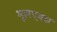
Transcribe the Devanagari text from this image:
मूलएक्स